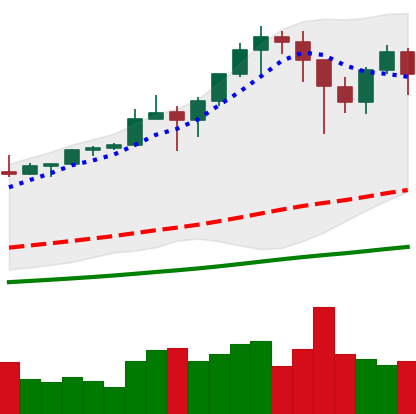
Ticker: BTC-USD
Chart end date: 2021-01-15
Forward return: -3.469%
Label: down_3_5